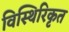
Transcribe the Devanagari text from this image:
विस्थिरिकृत